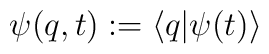
\psi (q,t):=\left< q|\psi (t)\right>